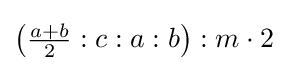
\left({\tfrac {a+b}{2}}:c:a:b\right):m\cdot 2